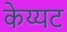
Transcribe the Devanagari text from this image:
केय्यट